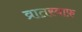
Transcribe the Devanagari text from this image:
व्रातस्वाफ़